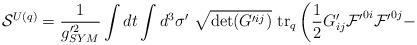
LaTeX: \begin{align*}{\cal S}^{U(q)} = \frac{1}{g'^{2}_{SYM}} \int dt\int d^{3} \sigma'~\sqrt{\det(G'^{ij})}~ {\rm tr}_q\left(\frac{1}{2} G'_{ij} {\cal F'}^{0i} {\cal F'}^{0j} - \right.\end{align*}